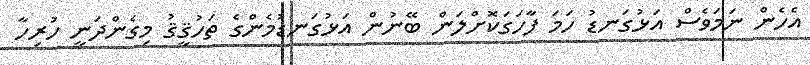
އެހެން ނަމަވެސް އަޅުގަނޑު ހަމަ ފާހަގަކޮށްލަން ބޭނުން އަޅުގަނޑުމެންގެ ތަހުޤީޤު މިގެންދަނީ ހުރިހާ